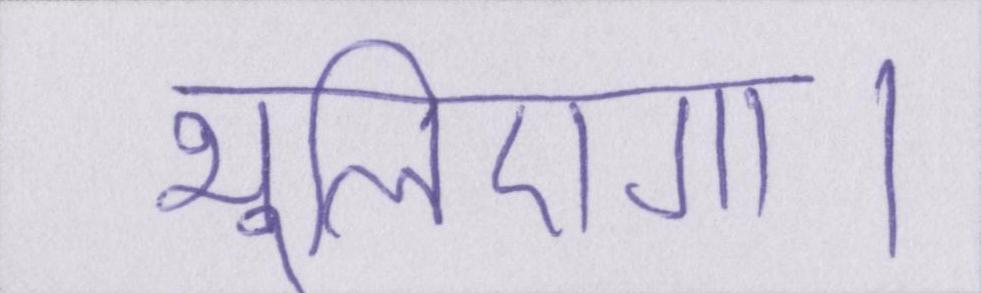
भूलिएगा।